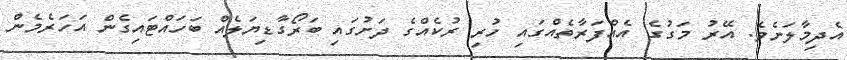
އެދިމާލަށެވެ. އޭރު މަގުގެ އެއްފަރާތެއްގައި ހުރި ރުކެއްގެ ދަށުގައި ބަރޯގާޑިޔަލެއް ބަހައްޓައިގެން އަހަރެމެން